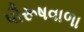
પૌરૂષવાળા